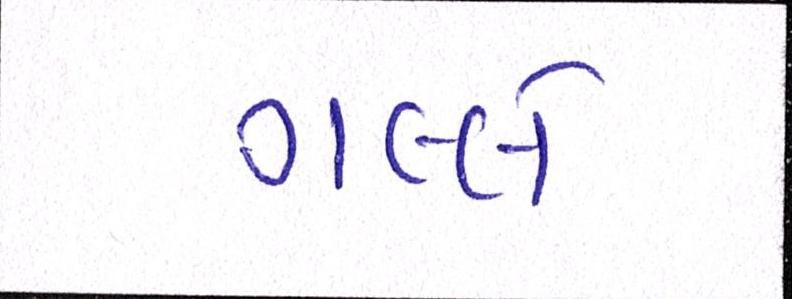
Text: ગલ્લે